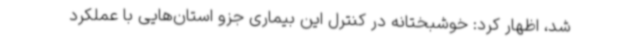
شد، اظهار کرد: خوشبختانه در کنترل این بیماری جزو استان‌هایی با عملکرد